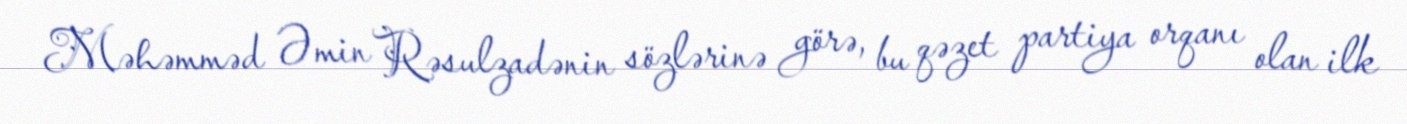
Məhəmməd Əmin Rəsulzadənin sözlərinə görə, bu qəzet partiya orqanı olan ilk